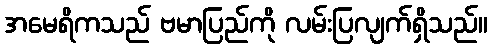
အမေရိကသည် ဗမာပြည်ကို လမ်းပြလျက်ရှိသည်။